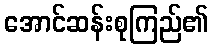
အောင်ဆန်းစုကြည်၏